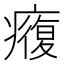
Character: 癁